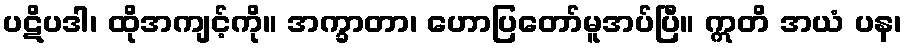
ပဋိပဒါ၊ ထိုအကျင့်ကို။ အက္ခာတာ၊ ဟောပြတော်မူအပ်ပြီ။ ဣတိ အယံ ပန၊